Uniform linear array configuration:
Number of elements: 24
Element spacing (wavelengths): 0.25
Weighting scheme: cosine
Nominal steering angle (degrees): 0
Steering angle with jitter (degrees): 0.5704
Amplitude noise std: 0.05
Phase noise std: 0.05

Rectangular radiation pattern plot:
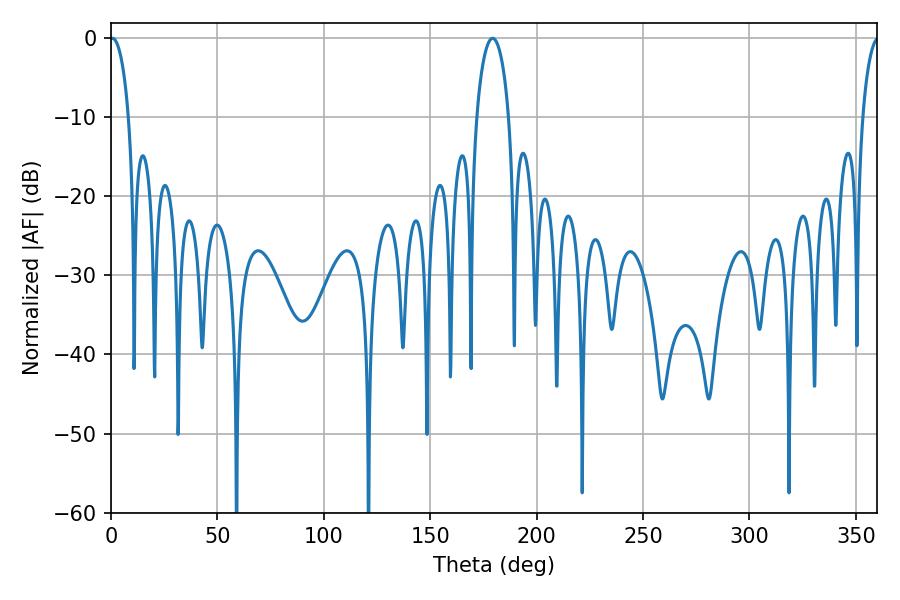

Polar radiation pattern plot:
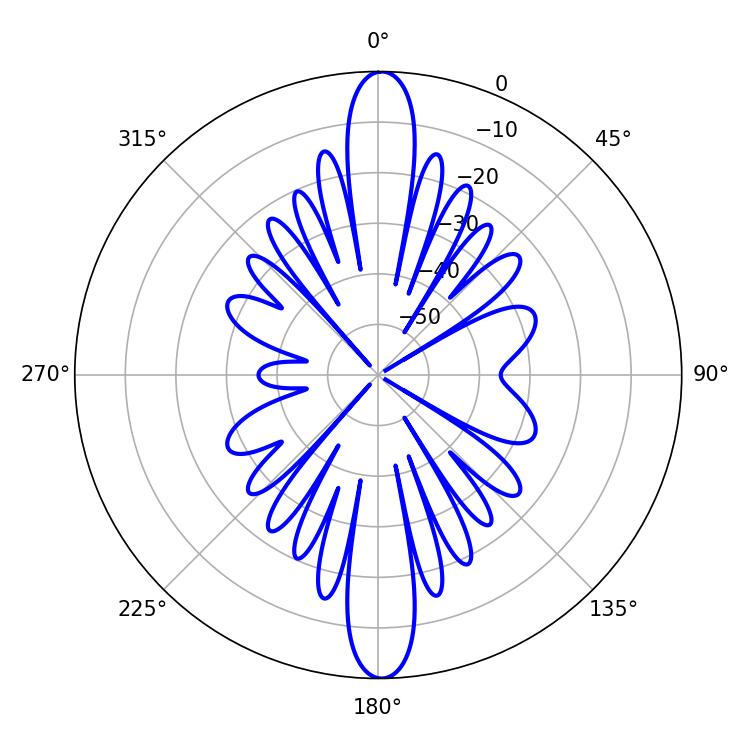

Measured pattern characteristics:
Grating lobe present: FALSE
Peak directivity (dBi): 26.214
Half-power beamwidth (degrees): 5.04
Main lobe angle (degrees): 0.72